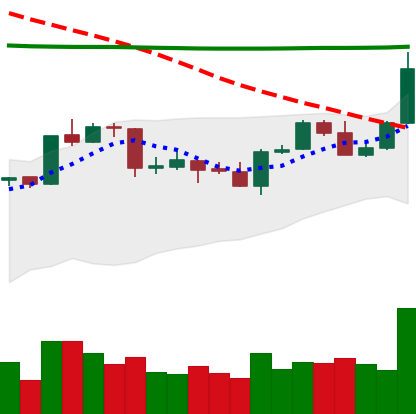
Ticker: ADA-USD
Chart end date: 2020-04-23
Forward return: 16.229%
Label: up_7plus